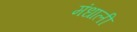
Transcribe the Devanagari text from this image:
मंधाली